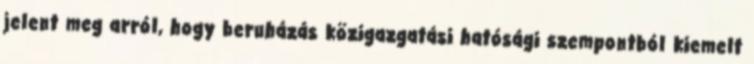
jelent meg arról, hogy beruházás közigazgatási hatósági szempontból kiemelt